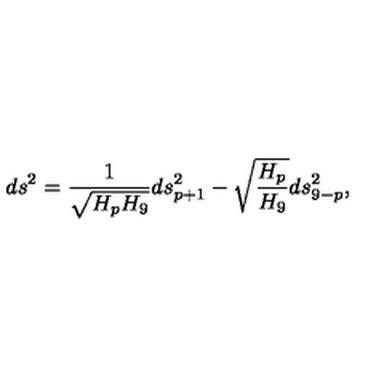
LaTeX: d s ^ { 2 } = { \frac { 1 } { \sqrt { H _ { p } H _ { 9 } } } } d s _ { p + 1 } ^ { 2 } - \sqrt { { \frac { H _ { p } } { H _ { 9 } } } } d s _ { 9 - p } ^ { 2 } ,